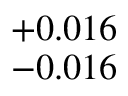
^ { + 0 . 0 1 6 } _ { - 0 . 0 1 6 }